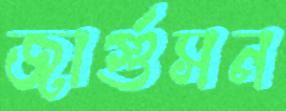
জার্গুসন